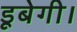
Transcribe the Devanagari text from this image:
डूबेगी।